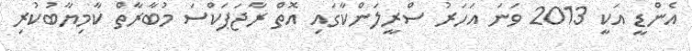
އެންޑީ އަކީ 2013 ވަނަ އަހަރު ސްރީލަންކާގައި އޮތް ރާޖަޕަކްސަ މުބާރާތް ކާމިޔާބުކުރި